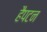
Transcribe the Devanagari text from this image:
हैपटन